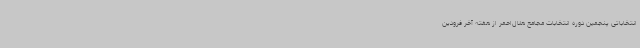
انتخاباتی پنجمین دوره انتخابات مجامع هلال‌احمر از هفته آخر فرودین